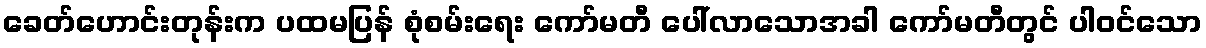
ခေတ်ဟောင်းတုန်းက ပထမပြန် စုံစမ်းရေး ကော်မတီ ပေါ်လာသောအခါ ကော်မတီတွင် ပါဝင်သော